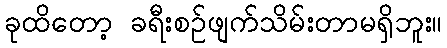
ခုထိတော့ ခရီးစဉ်ဖျက်သိမ်းတာမရှိဘူး။